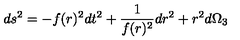
d s ^ { 2 } = - f ( r ) ^ { 2 } d t ^ { 2 } + { \frac { 1 } { f ( r ) ^ { 2 } } } d r ^ { 2 } + r ^ { 2 } d \Omega _ { 3 }